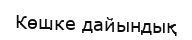
Көшке дайындық